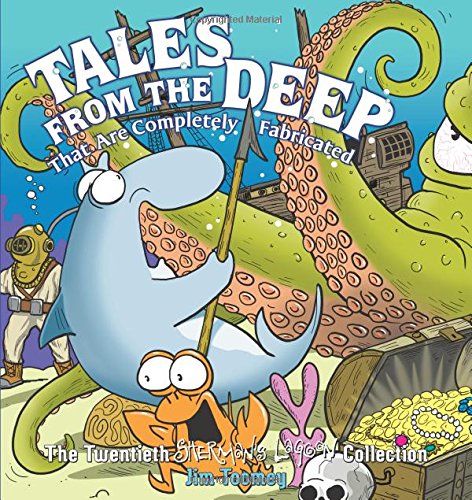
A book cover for Tales from the Deep: That Are Completely Fabricated: The Twentieth Sherman's Lagoon Collection; Jim Toomey; Comics & Graphic Novels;